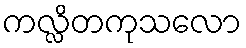
ကလ္လိတကုသလော